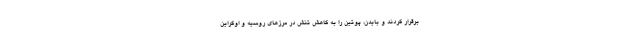
برقرار کردند و بایدن، پوتین را به کاهش تنش‌ در مرزهای روسیه و اوکراین